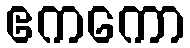
ဧကကော